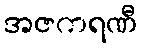
အဇကရဏီ